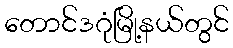
တောင်ဒဂုံမြို့နယ်တွင်